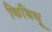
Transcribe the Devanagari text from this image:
किबिथू